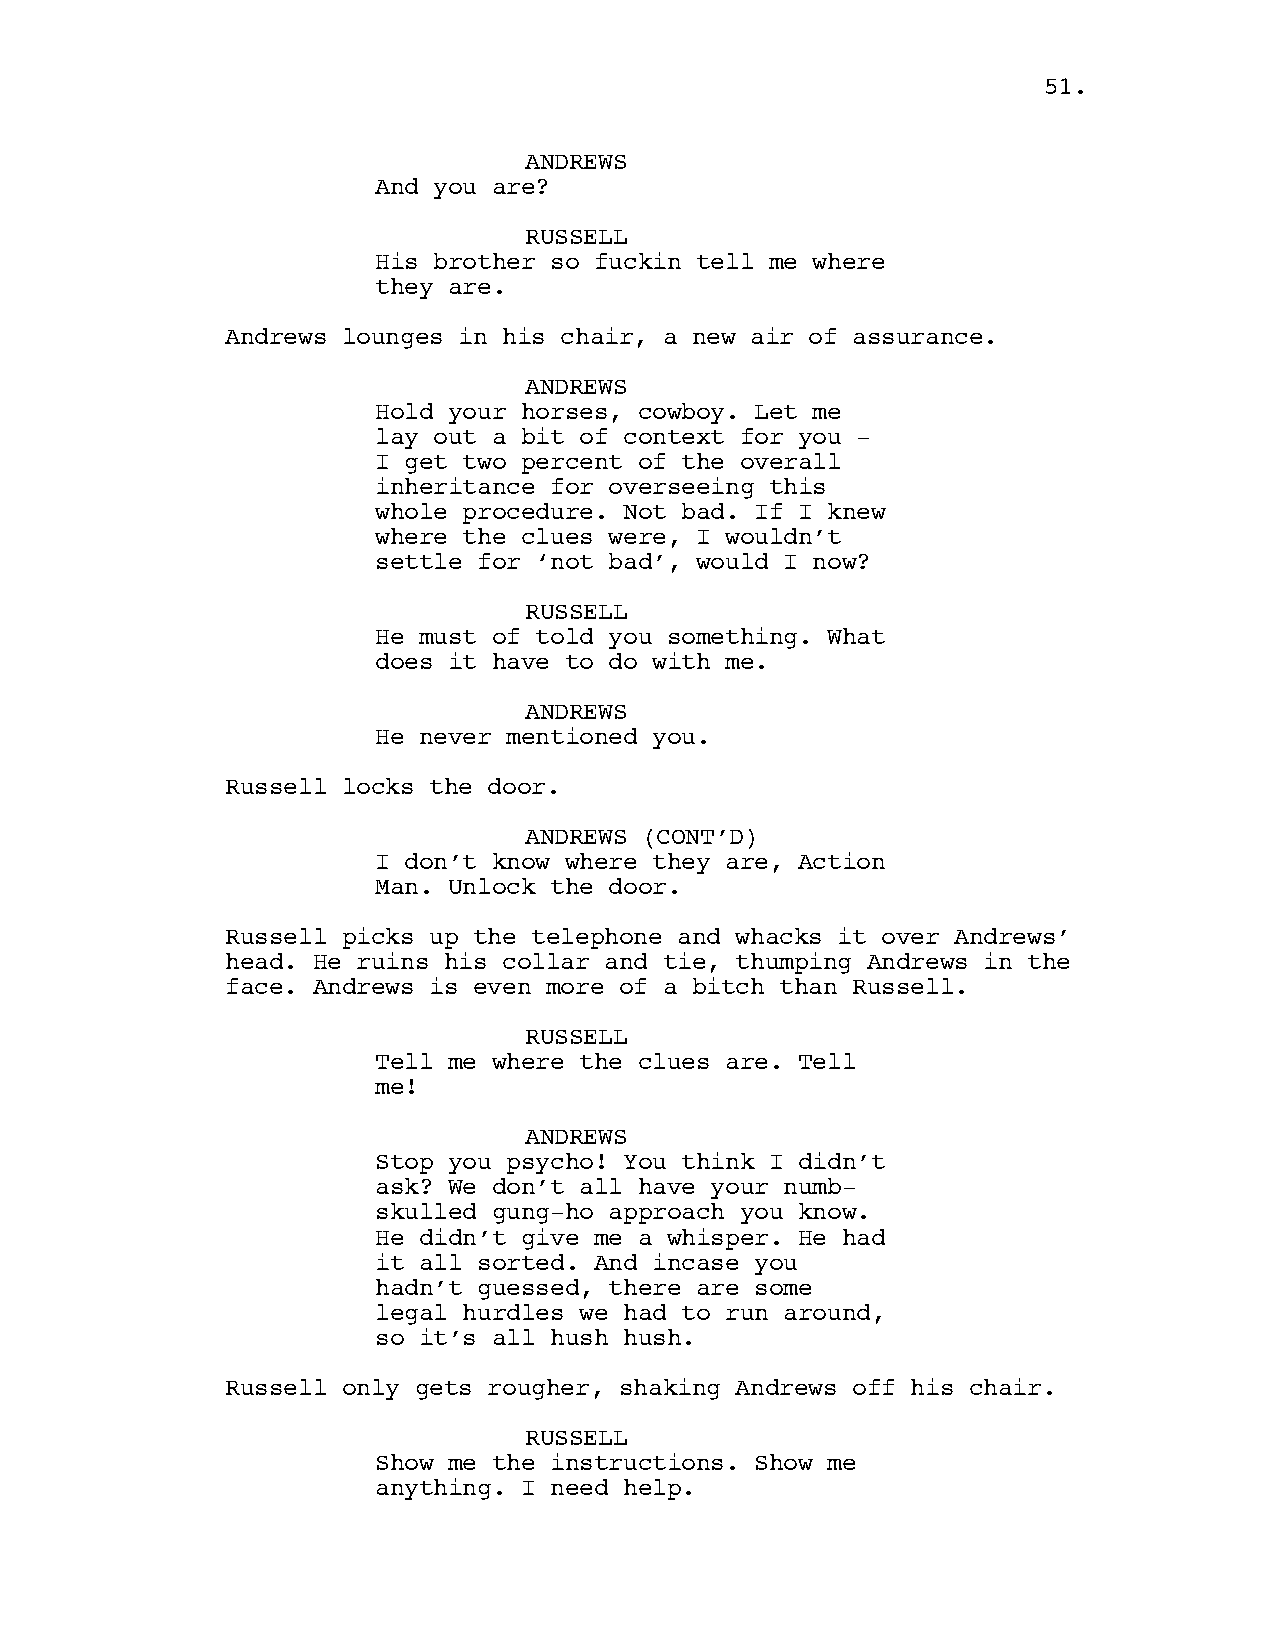
51.
 ANDREWS
 And you are?
 RUSSELL
 His brother so fuckin tell me where
 they are.
 Andrews lounges in his chair, a new air of assurance.
 ANDREWS
 Hold your horses, cowboy. Let me
 lay out a bit of context for you -
 I get two percent of the overall
 inheritance for overseeing this
 whole procedure. Not bad. If I knew
 where the clues were, I wouldn’t
 settle for ‘not bad’, would I now?
 RUSSELL
 He must of told you something. What
 does it have to do with me.
 ANDREWS
 He never mentioned you.
 Russell locks the door.
 ANDREWS (CONT’D)
 I don’t know where they are, Action
 Man. Unlock the door.
 Russell picks up the telephone and whacks it over Andrews’
 head. He ruins his collar and tie, thumping Andrews in the
 face. Andrews is even more of a bitch than Russell.
 RUSSELL
 Tell me where the clues are. Tell
 me!
 ANDREWS
 Stop you psycho! You think I didn’t
 ask? We don’t all have your numb-
 skulled gung-ho approach you know.
 He didn’t give me a whisper. He had
 it all sorted. And incase you
 hadn’t guessed, there are some
 legal hurdles we had to run around,
 so it’s all hush hush.
 Russell only gets rougher, shaking Andrews off his chair.
 RUSSELL
 Show me the instructions. Show me
 anything. I need help.